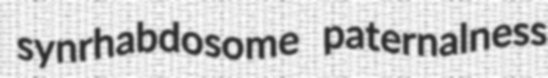
synrhabdosome paternalness